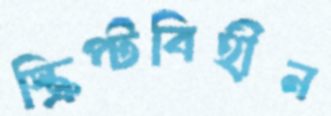
স্ক্রিপ্টবিহীন